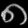
Digit: ၈